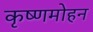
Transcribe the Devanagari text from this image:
कृष्णमोहन